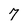
Character: 7